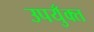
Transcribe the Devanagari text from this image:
उपयुँक्त